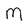
Character: M